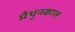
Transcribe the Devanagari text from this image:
मैथुनकाल